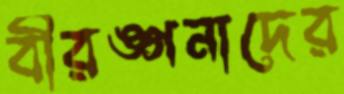
বীরঙ্গনাদের